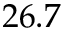
2 6 . 7